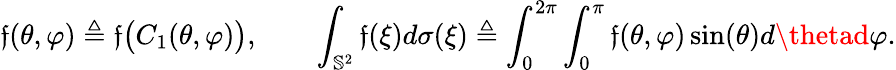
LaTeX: \mathfrak{f}(\theta,\varphi)\triangleq\mathtt{{\mathfrak{f}}}\big(C_{1}(\theta,\varphi)\big),\qquad\int_{\mathbb{{S}}^{2}}\mathtt{{\mathfrak{f}}}(\xi)d\sigma(\xi)\triangleq\int_{0}^{2\pi}\int_{0}^{\pi}\mathfrak{f}(\theta,\varphi)\sin(\theta)d\thetad\varphi.